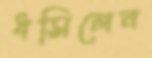
ধসিলেন